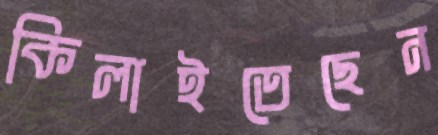
কিলাইতেছেন